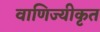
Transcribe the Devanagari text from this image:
वाणिज्यीकृत